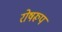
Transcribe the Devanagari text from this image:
रोषरूप